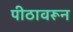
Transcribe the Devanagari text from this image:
पीठावरून